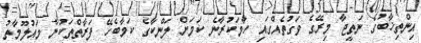
އިންތިޚާބުގެ ނަތީޖާ މިރޭގެ ވަގުތެއްގައި ހާމަކުރާނެ ކަމަށް ލަންކާގެ ކަމާބެހޭ ފަރާތްތަކުން މައުލޫމާތު